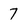
Character: 7